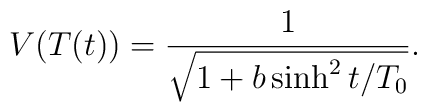
V(T(t)) = \frac{1}{\sqrt{1 + b \sinh^2 t/T_0}}.